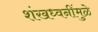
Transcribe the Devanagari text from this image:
शंखध्वनींमुळे